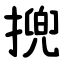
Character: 㨮